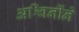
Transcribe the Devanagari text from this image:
अश्विनींने